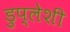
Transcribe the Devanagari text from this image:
डुप्लेशी